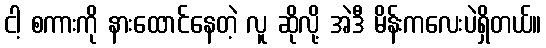
ငါ့ စကားကို နားထောင်နေတဲ့ လူ ဆိုလို့ အဲဒီ မိန်းကလေးပဲရှိတယ်။